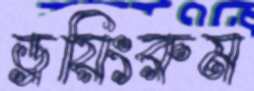
ড্রয়িংরুম